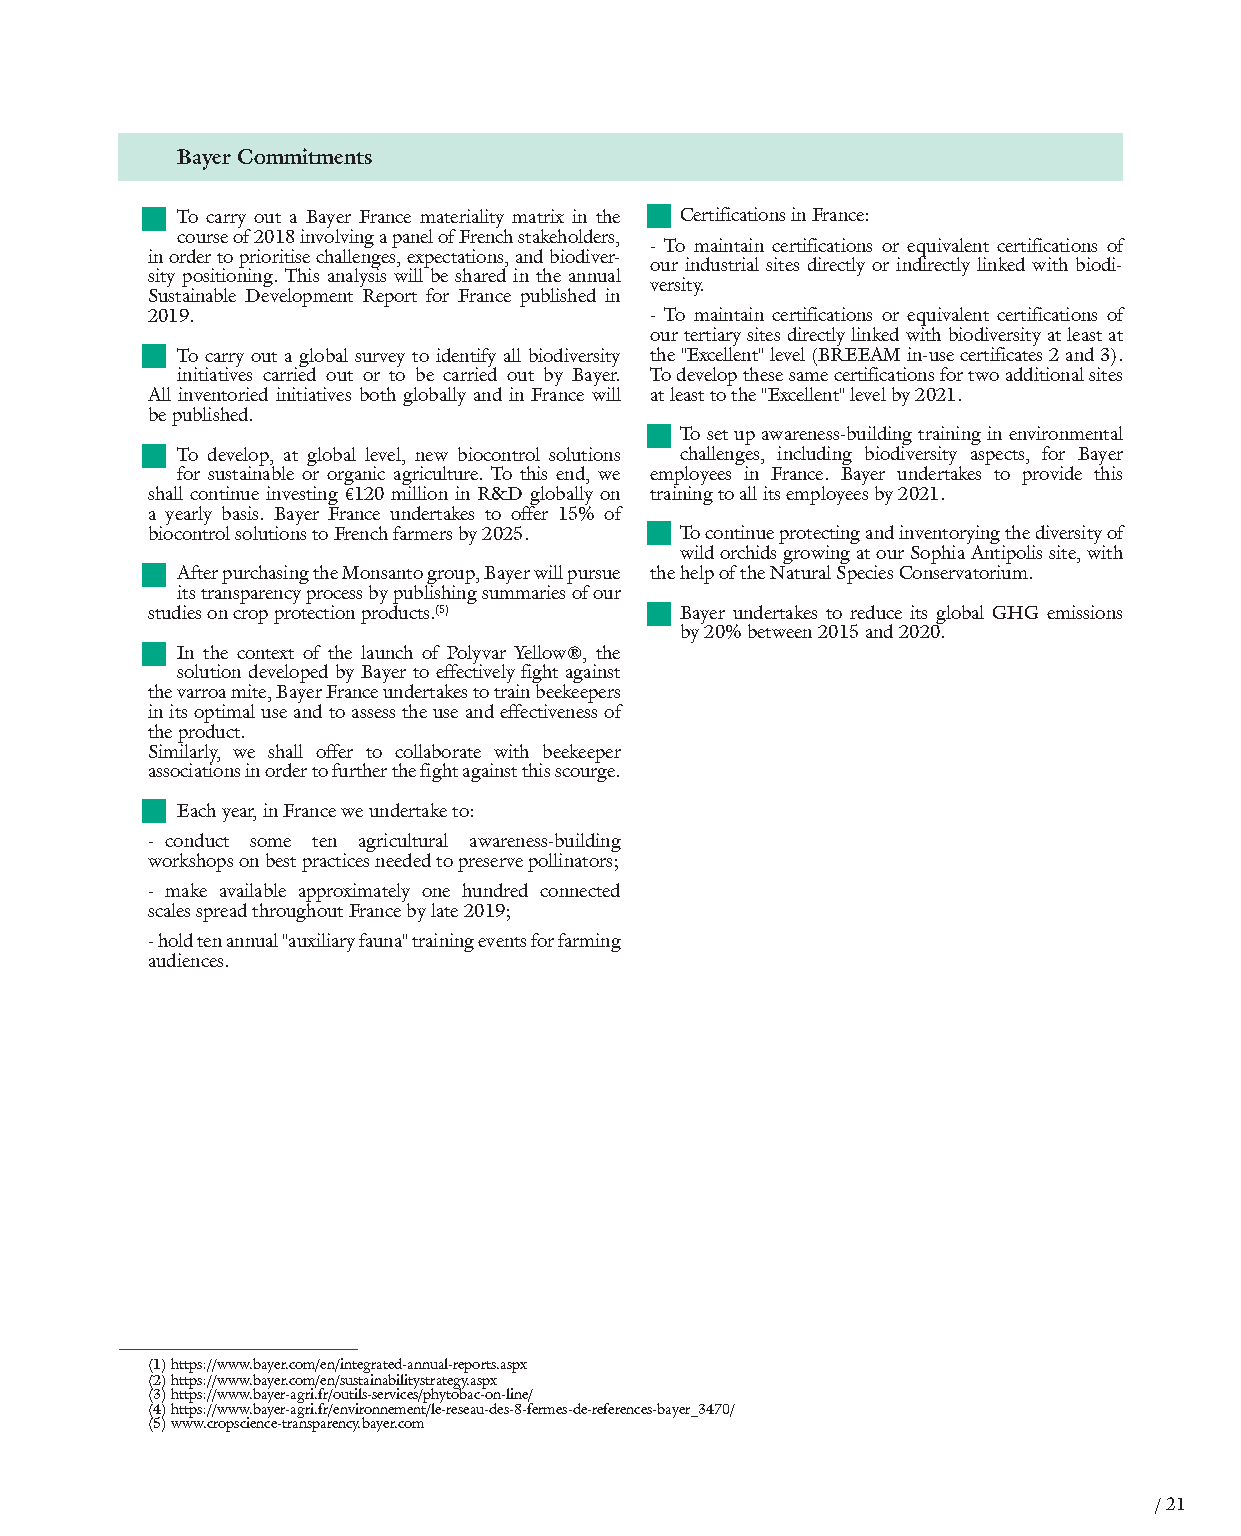
Bayer Commitments
 To carry out a Bayer France materiality matrix in the Certifications in France:
 course of 2018 involving a panel of French stakeholders,
 - To maintain certifications or equivalent certifications of
 in order to prioritise challenges, expectations, and biodiver-
 our industrial sites directly or indirectly linked with biodi-
 sity positioning. This analysis will be shared in the annual
 versity.
 Sustainable Development Report for France published in
 2019.                            - To maintain certifications or equivalent certifications of
 our tertiary sites directly linked with biodiversity at least at
 To carry out a global survey to identify all biodiversity the "Excellent" level (BREEAM in-use certificates 2 and 3).
 initiatives carried out or to be carried out by Bayer. To develop these same certifications for two additional sites
 All inventoried initiatives both globally and in France will at least to the "Excellent" level by 2021.
 be published.
 To set up awareness-building training in environmental
 To develop, at global level, new biocontrol solutions challenges, including biodiversity aspects, for Bayer
 for sustainable or organic agriculture. To this end, we employees in France. Bayer undertakes to provide this
 shall continue investing €120 million in R&D globally on training to all its employees by 2021.
 a yearly basis. Bayer France undertakes to offer 15% of
 biocontrol solutions to French farmers by 2025. To continue protecting and inventorying the diversity of
 wild orchids growing at our Sophia Antipolis site, with
 After purchasing the Monsanto group, Bayer will pursue the help of the Natural Species Conservatorium.
 its transparency process by publishing summaries of our
 studies on crop protection products.(5) Bayer undertakes to reduce its global GHG emissions
 by 20% between 2015 and 2020.
 In the context of the launch of Polyvar Yellow®, the
 solution developed by Bayer to effectively fight against
 the varroa mite, Bayer France undertakes to train beekeepers
 in its optimal use and to assess the use and effectiveness of
 the product.
 Similarly, we shall offer to collaborate with beekeeper
 associations in order to further the fight against this scourge.
 Each year, in France we undertake to:
 - conduct some ten agricultural awareness-building
 workshops on best practices needed to preserve pollinators;
 - make available approximately one hundred connected
 scales spread throughout France by late 2019;
 - hold ten annual "auxiliary fauna" training events for farming
 audiences.
 (1) https://www.bayer.com/en/integrated-annual-reports.aspx
 (2) https://www.bayer.com/en/sustainabilitystrategy.aspx
 (3) https://www.bayer-agri.fr/outils-services/phytobac-on-line/
 (4) https://www.bayer-agri.fr/environnement/le-reseau-des-8-fermes-de-references-bayer_3470/
 (5) www.cropscience-transparency.bayer.com
 / 21